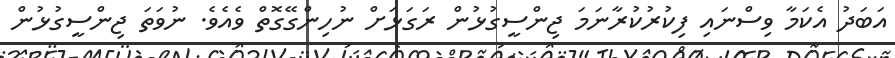
އަބަދު އެކަމާ ވިސްނައި ފިކުރުކުރާނަމަ ޖިންސީގުޅުން ރަގަޅަށް ނުހިންގޭގޮތް ވެއެވެ. ނުވަތަ ޖިންސީގުޅުން